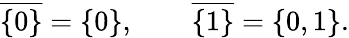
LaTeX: {\overline{{\{ 0\} }}}=\{ 0\} ,\qquad{\overline{{\{ 1\} }}}=\{ 0,1\} .